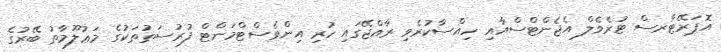
އޮޕަރޭޓާރސް ޓުރެވެލް އެޖެންޓްސްއާއި ހިއްސާކުރެވި ރާއްޖޭގައި ހުރި އިންވެސްޓްމަންޓް ފުރުސަތުތަކުގެ މަޢުލޫމާތު ބޭރުގެ